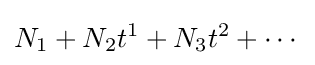
N_{1}+N_{2}t^{1}+N_{3}t^{2}+\cdots